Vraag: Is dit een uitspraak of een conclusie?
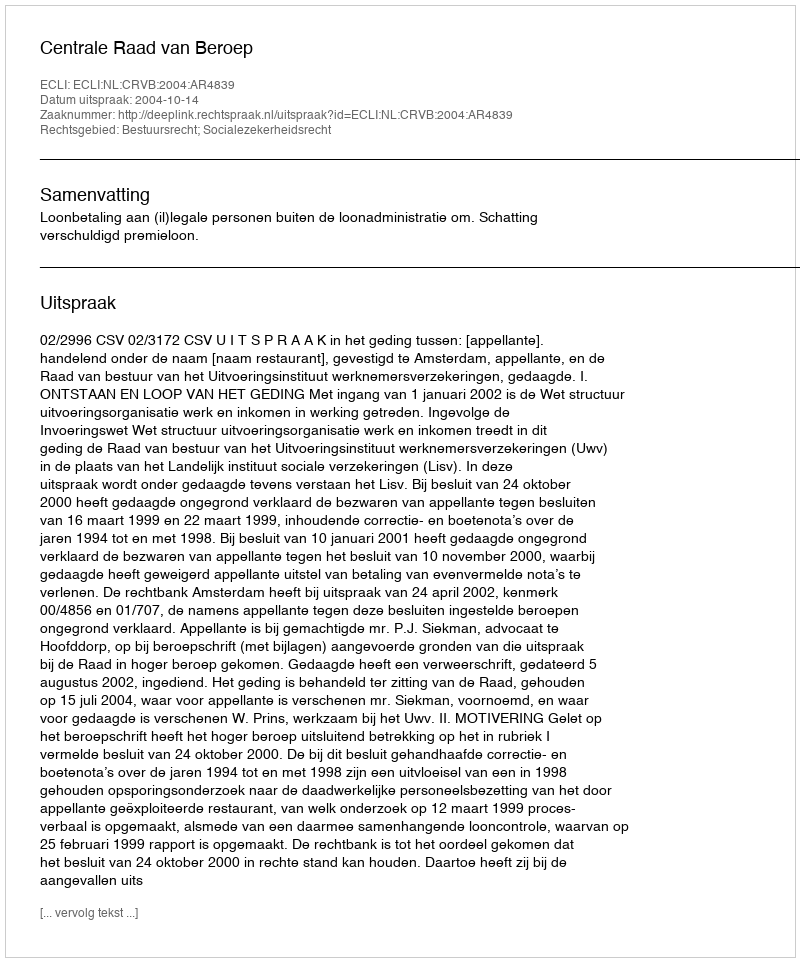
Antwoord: Uitspraak